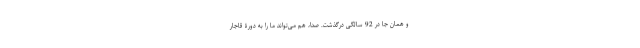
و همان جا در 92 سالگی درگذشت. صدا، هم می‌تواند ما را به دورۀ قاجار